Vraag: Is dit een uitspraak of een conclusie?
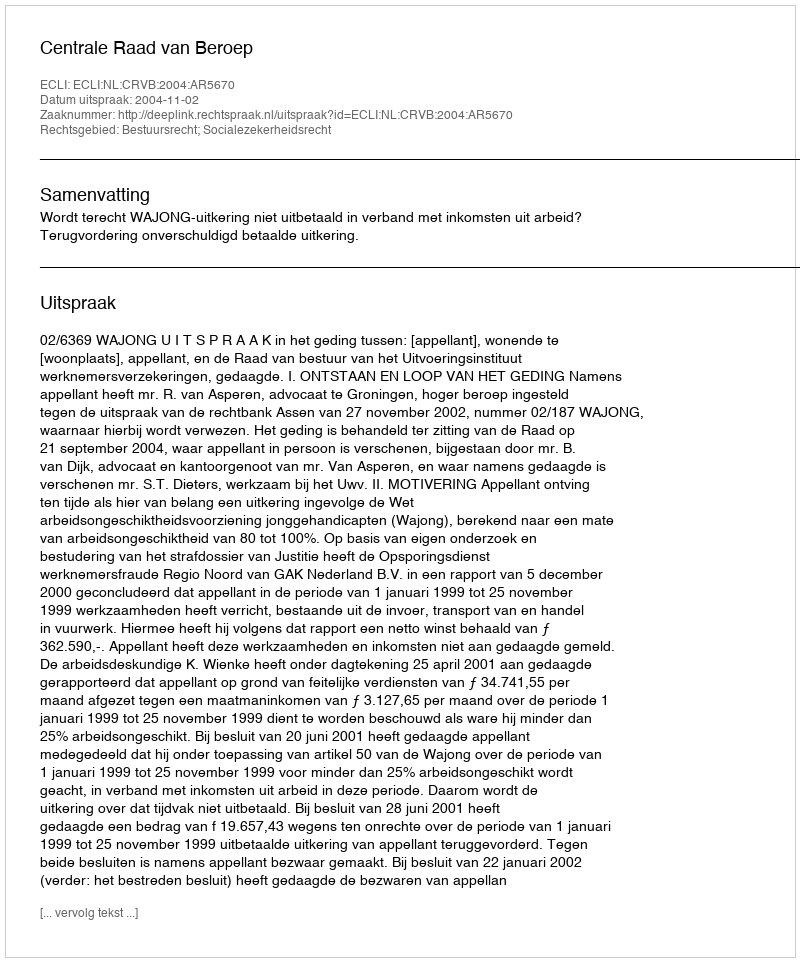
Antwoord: Uitspraak